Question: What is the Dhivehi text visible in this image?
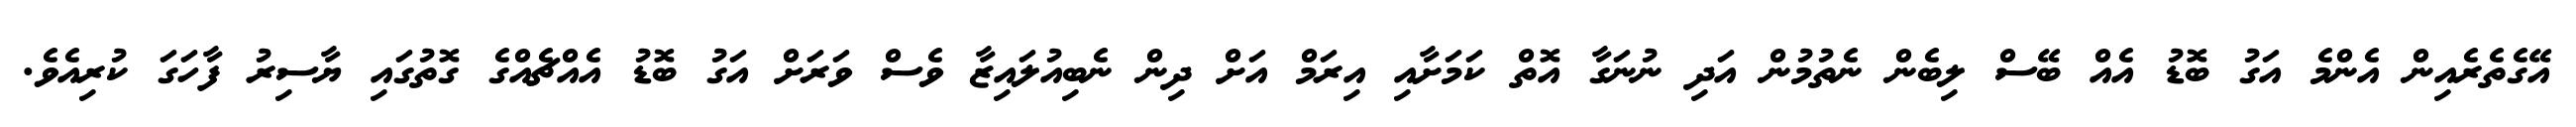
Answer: އޭގެތެރެއިން އެންމެ އަގު ބޮޑު އެއް ބޭސް ލިބެން ނެތުމުން އަދި ނުނަގާ އޮތް ކަމަށާއި އިރަމް އަށް ދިން ނެބިއުލައިޒާ ވެސް ވަރަށް އަގު ބޮޑު އެއްޗެއްގެ ގޮތުގައި ޔާސިރު ފާހަގަ ކުރިއެވެ.